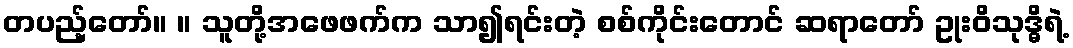
တပည့်တော်။ ။ သူတို့အဖေဖက်က သာ၍ရင်းတဲ့ စစ်ကိုင်းတောင် ဆရာတော် ဥုးဝိသုဒ္ဓိရဲ့